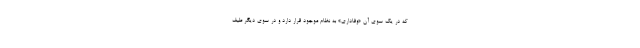
که در یک سوی آن «وفاداری» به نظام موجود قرار دارد و در سوی دیگر طیف